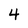
Character: 4